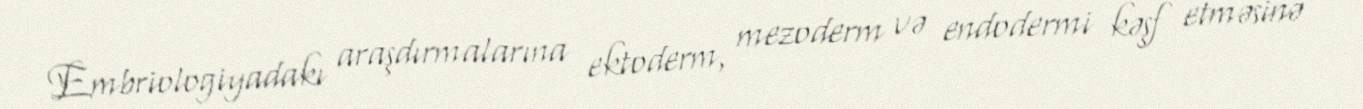
Embriologiyadakı araşdırmalarına ektoderm, mezoderm və endodermi kəşf etməsinə